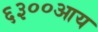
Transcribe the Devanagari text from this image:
६३००आय